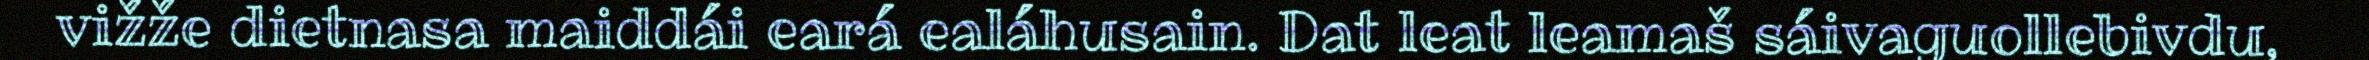
vižže dietnasa maiddái eará ealáhusain. Dat leat leamaš sáivaguollebivdu,